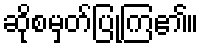
ဆိုစမှတ်ပြုကြ၏။